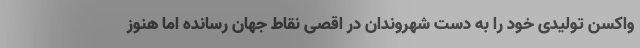
واکسن تولیدی خود را به دست شهروندان در اقصی نقاط جهان رسانده اما هنوز